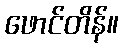
ဖောင်တိန်။